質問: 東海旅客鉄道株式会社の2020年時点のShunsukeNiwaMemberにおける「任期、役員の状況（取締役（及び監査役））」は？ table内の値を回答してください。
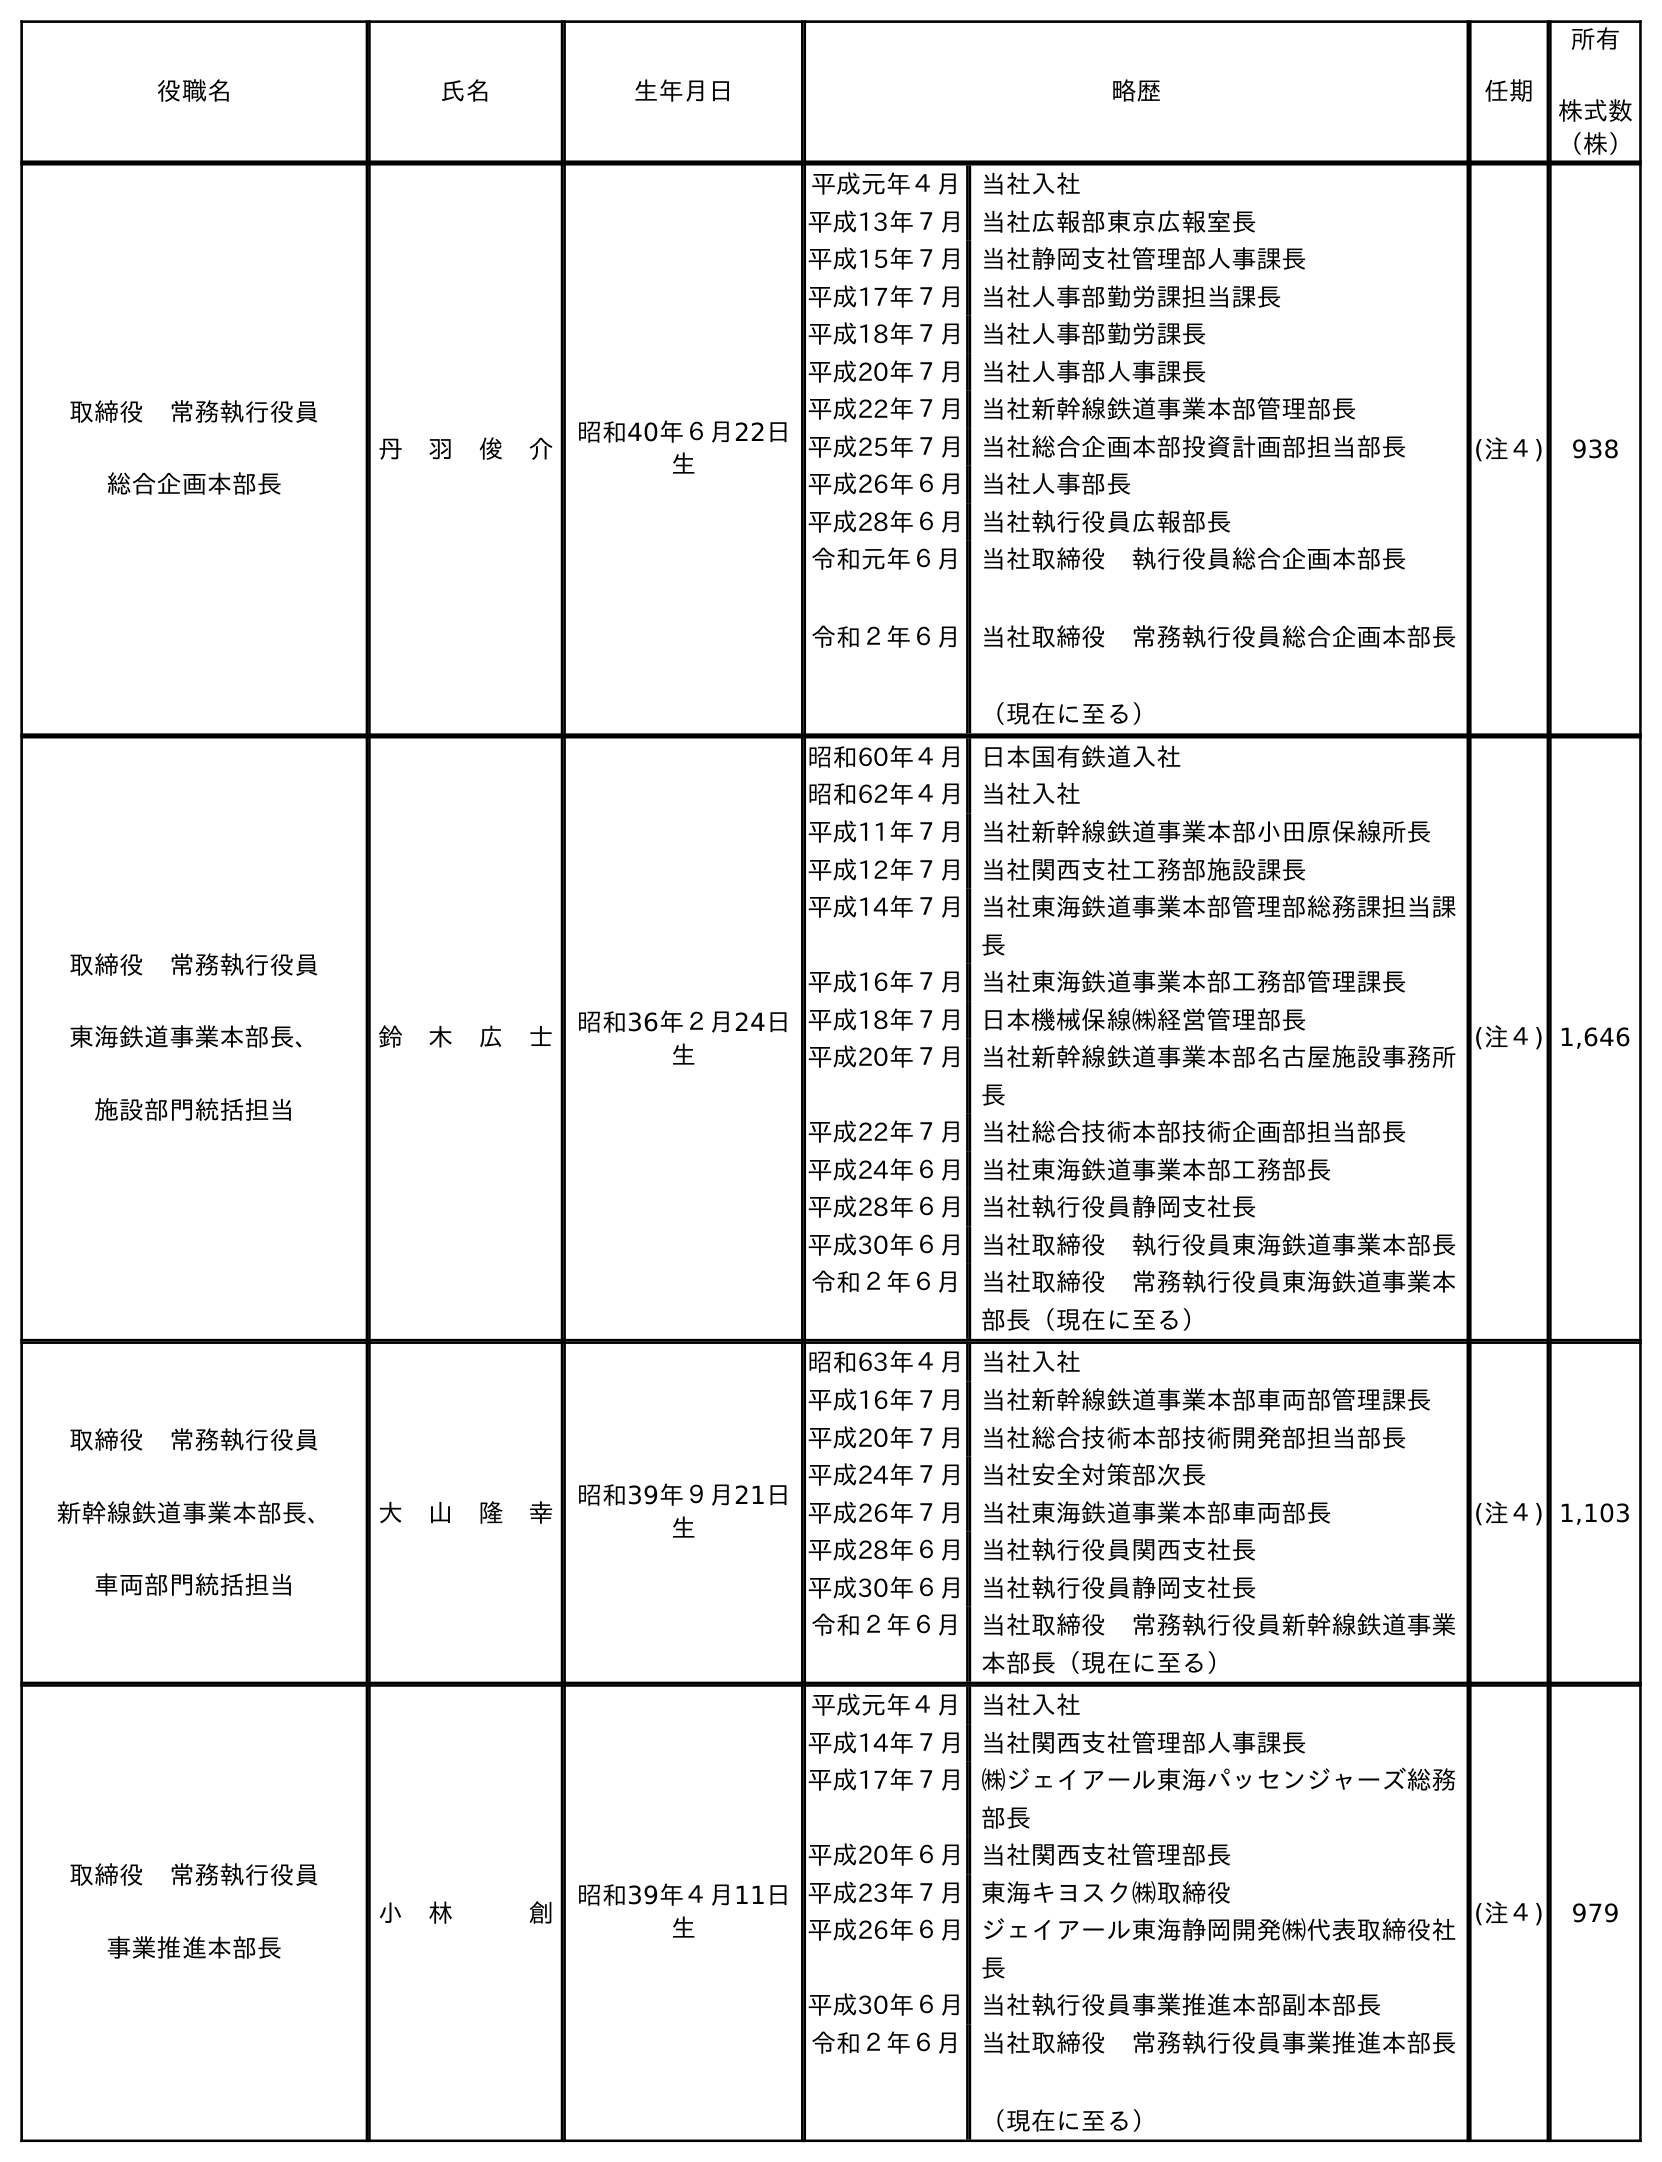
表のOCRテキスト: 役職名 氏名 生年月日 略歴 任期 所有 株式数 （株） 取締役 常務執行役員 総合企画本部長 丹 羽 俊 介 昭和40年６月22日 生 平成元年４月 当社入社 平成13年７月当社広報部東京広報室長 平成15年７月当社静岡支社管理部人事課長 平成17年７月当社人事部勤労課担当課長 平成18年７月当社人事部勤労課長 平成20年７月当社人事部人事課長 平成22年７月当社新幹線鉄道事業本部管理部長 平成25年７月当社総合企画本部投資計画部担当部長 平成26年６月当社人事部長 平成28年６月当社執行役員広報部長 令和元年６月 令和２年６月 当社取締役 執行役員総合企画本部長 当社取締役 常務執行役員総合企画本部長 （現在に至る） (注４) 938 取締役 常務執行役員 東海鉄道事業本部長、 施設部門統括担当 鈴 木 広 士 昭和36年２月24日 生 昭和60年４月日本国有鉄道入社 昭和62年４月当社入社 平成11年７月当社新幹線鉄道事業本部小田原保線所長 平成12年７月当社関西支社工務部施設課長 平成14年７月当社東海鉄道事業本部管理部総務課担当課 長 平成16年７月当社東海鉄道事業本部工務部管理課長 平成18年７月日本機械保線㈱経営管理部長 平成20年７月当社新幹線鉄道事業本部名古屋施設事務所 長 平成22年７月当社総合技術本部技術企画部担当部長 平成24年６月当社東海鉄道事業本部工務部長 平成28年６月当社執行役員静岡支社長 平成30年６月当社取締役 執行役員東海鉄道事業本部長 令和２年６月 当社取締役 常務執行役員東海鉄道事業本 部長（現在に至る） (注４) 1,646 取締役 常務執行役員 新幹線鉄道事業本部長、 車両部門統括担当 大 山 隆 幸 昭和39年９月21日 生 昭和63年４月当社入社 平成16年７月当社新幹線鉄道事業本部車両部管理課長 平成20年７月当社総合技術本部技術開発部担当部長 平成24年７月当社安全対策部次長 平成26年７月当社東海鉄道事業本部車両部長 平成28年６月当社執行役員関西支社長 平成30年６月当社執行役員静岡支社長 令和２年６月 当社取締役 常務執行役員新幹線鉄道事業 本部長（現在に至る） (注４) 1,103 取締役 常務執行役員 事業推進本部長 小 林   創 昭和39年４月11日 生 平成元年４月 当社入社 平成14年７月当社関西支社管理部人事課長 平成17年７月㈱ジェイアール東海パッセンジャーズ総務 部長 平成20年６月当社関西支社管理部長 平成23年７月東海キヨスク㈱取締役 平成26年６月ジェイアール東海静岡開発㈱代表取締役社 長 平成30年６月当社執行役員事業推進本部副本部長 令和２年６月 当社取締役 常務執行役員事業推進本部長 （現在に至る） (注４) 979
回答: (注４)